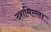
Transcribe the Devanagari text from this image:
दशमिल्ला